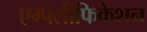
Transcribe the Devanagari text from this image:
एम्पलीफिकेशन